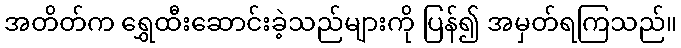
အတိတ်က ရွှေထီးဆောင်းခဲ့သည်များကို ပြန်၍ အမှတ်ရကြသည်။